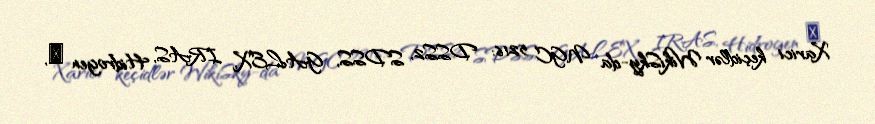
Xarici keçidlər WikiSky-da NGC 5216: DSS2, SDSS, GALEX, IRAS, Hidrogen α,